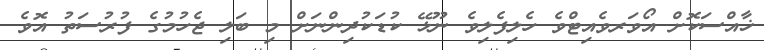
ޚާއްސަކޮށް އޯވަރވެއިޓްވެ ހެލިފެލިވެ ނޫޅޭ ކުޑަކުދިންނަށް މި ބަލި ޖެހުމުގެ ފުރުސަތު އޮވެ